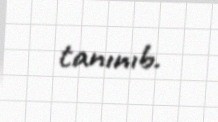
tanınıb.